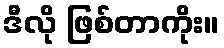
ဒီလို ဖြစ်တာကိုး။